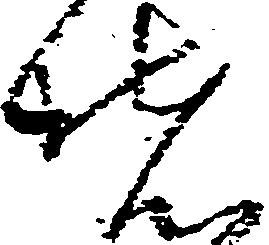
堵